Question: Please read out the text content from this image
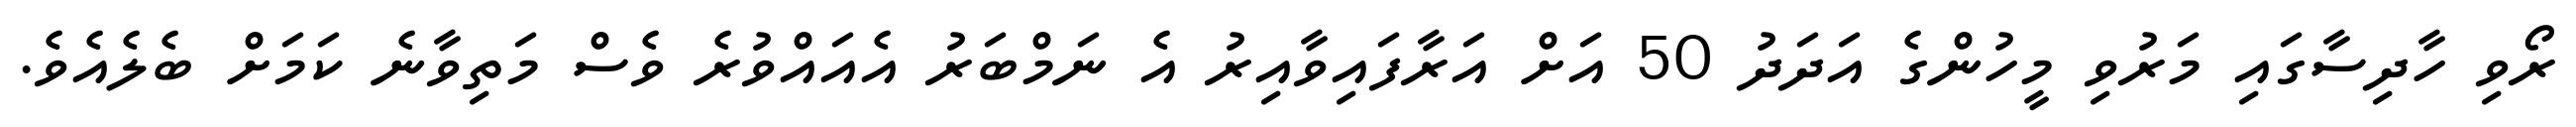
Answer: ރޯވި ހާދިސާގައި މަރުވި މީހުންގެ އަދަދު 50 އަށް އަރާފައިވާއިރު އެ ނަމްބަރު އެއައްވުރެ ވެސް މަތިވާނެ ކަމަށް ބެލެއެވެ.